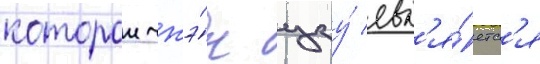
которои чжэ́н цзу́ явл'я́етс'я